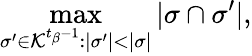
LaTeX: \operatorname*{max}_{\sigma^{\prime}\in\mathcal{K}^{t_{\beta}-1}:|\sigma^{\prime}|<|\sigma|}|\sigma\cap\sigma^{\prime}|,